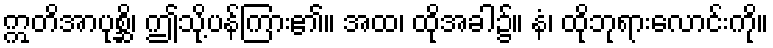
ဣတိအာပုစ္ဆိ၊ ဤသို့ပန်ကြား၏။ အထ၊ ထိုအခါ၌။ နံ၊ ထိုဘုရားလောင်းကို။